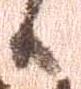
候